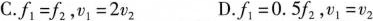
C$$.f _ { 1 } = f _ { 2 }$$，$$v _ { 1 } = v _ { 2 }$$ D.$$f _ { 1 } = 0 . 5 f _ { 2 }$$，$$v _ { 1 } = v _ { 2 }$$